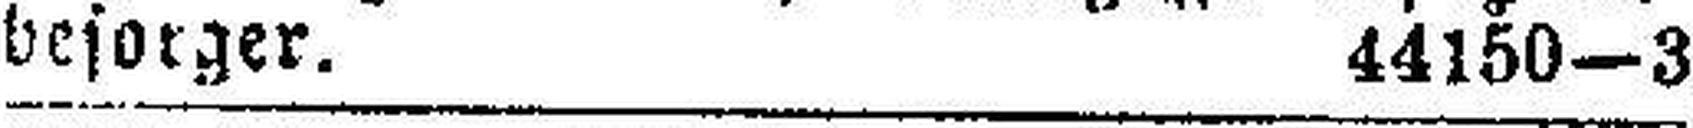
besorger. 44150—3